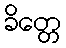
ခိတ္တေ